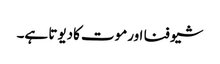
شیو فنا اورموت کادیوتا ہے۔